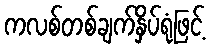
ကလစ်တစ်ချက်နှိပ်ရုံဖြင့်